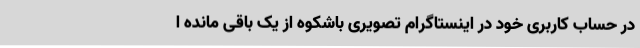
در حساب کاربری خود در اینستاگرام تصویری باشکوه از یک باقی مانده ا